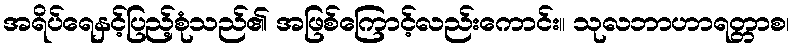
အရိပ်ရေနှင့်ပြည့်စုံသည်၏ အဖြစ်ကြောင့်လည်းကောင်း။ သုလဘာဟာရတ္တာစ၊